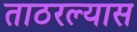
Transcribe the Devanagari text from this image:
ताठरल्यास